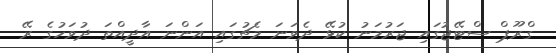
ގްރޫޕް ސްޓޭޖުގައި ޖަރުމަނު ކުޅޭ ދެވަނަ މެޗުގައި އަންނަ އާދީއްތަ ދުވަހުގެ ރޭ